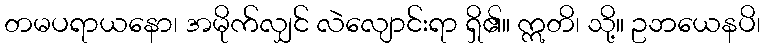
တမပရာယနော၊ အမိုက်လျှင် လဲလျောင်းရာ ရှိ၏။ ဣတိ၊ သို့။ ဥဘယေနပိ၊